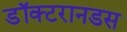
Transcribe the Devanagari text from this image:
डॉक्टरानडस